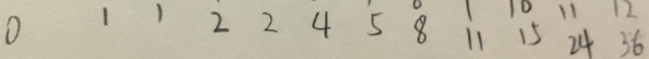
0 1 1 2 2 4 5 8 1 1 1 5 2 4 3 6